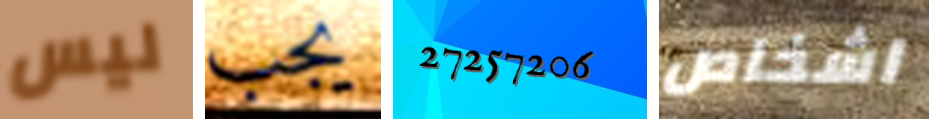
ليس يجب 27257206 اشخاص